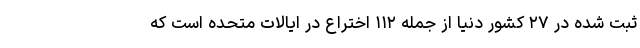
ثبت شده در ۲۷ کشور دنیا از جمله ۱۱۲ اختراع در ایالات متحده است که